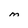
Character: M